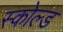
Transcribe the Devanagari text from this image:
स्कोल्ड